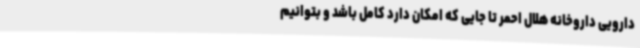
دارویی داروخانه هلال احمر تا جایی که امکان دارد کامل باشد و بتوانیم